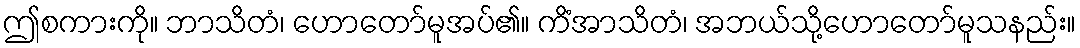
ဤစကားကို။ ဘာသိတံ၊ ဟောတော်မူအပ်၏။ ကိံအာသိတံ၊ အဘယ်သို့ဟောတော်မူသနည်း။